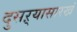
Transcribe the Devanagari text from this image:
दुसऱ्यासारखं